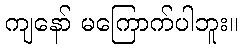
ကျနော် မကြောက်ပါဘူး။